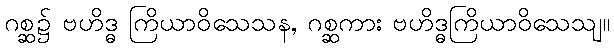
ဂစ္ဆ၌ ဗဟိဒ္ဓ ကြိယာဝိသေသန, ဂစ္ဆကား ဗဟိဒ္ဓကြိယာဝိသေသျ။